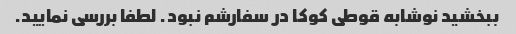
ببخشید نوشابه قوطی کوکا در سفارشم نبود. لطفا بررسی نمایید.